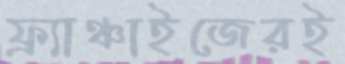
ফ্র্যাঞ্চাইজেরই